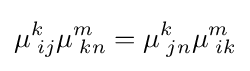
\mu _{\;ij}^{k}\mu _{\;kn}^{m}=\mu _{\;jn}^{k}\mu _{\;ik}^{m}